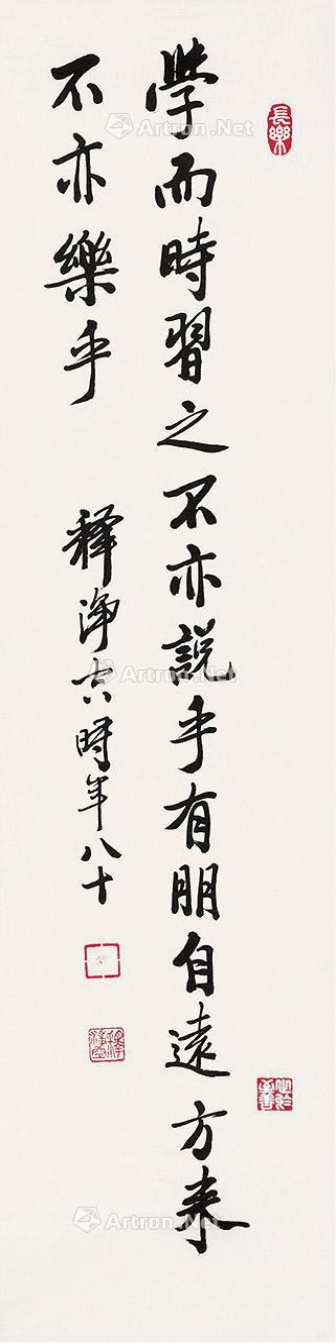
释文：学而时习之，不亦说乎。有朋自远方来，不亦乐乎。释净空时年八十。